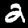
Label: 2